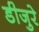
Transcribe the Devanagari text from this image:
डीजुरे